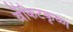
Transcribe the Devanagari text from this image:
वेंकिटकृष्ण